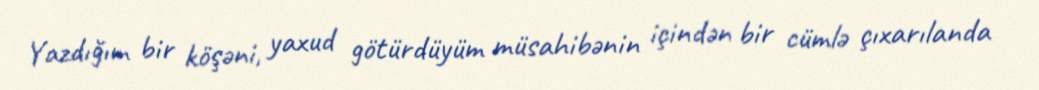
Yazdığım bir köşəni, yaxud götürdüyüm müsahibənin içindən bir cümlə çıxarılanda